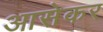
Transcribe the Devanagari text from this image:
आसेकर